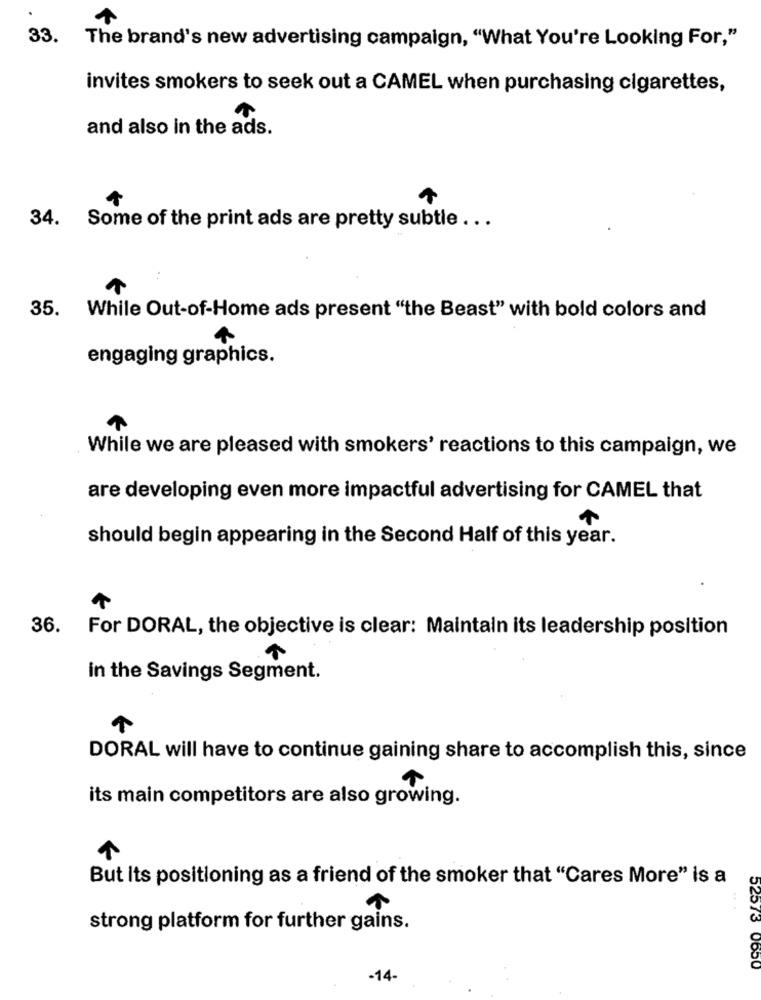
33. The brand's new advertising campaign, "What You're Looking For,"
invites smokers to seek out a CAMEL when purchasing cigarettes,
and also in the ads.
34. Some of the print ads are pretty subtle ...
. .
35. While Out-of-Home ads present "the Beast" with bold colors and
4
engaging graphics.
While we are pleased with smokers' reactions to this campaign, we
are developing even more impactful advertising for CAMEL that
should begin appearing in the Second Half of this year.
36. For DORAL, the objective is clear: Maintain its leadership position
in the Savings Segment.
DORAL will have to continue gaining share to accomplish this, since
its main competitors are also growing.
But Its positioning as a friend of the smoker that "Cares More" is a
strong platform for further gains.
52573 0650
-14